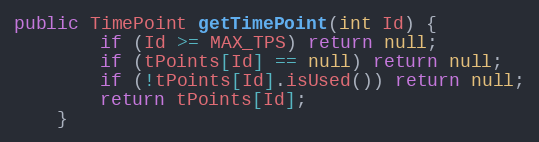
Language: Java
public TimePoint getTimePoint(int Id) {
		if (Id >= MAX_TPS) return null;
		if (tPoints[Id] == null) return null;
		if (!tPoints[Id].isUsed()) return null;
		return tPoints[Id];
	}